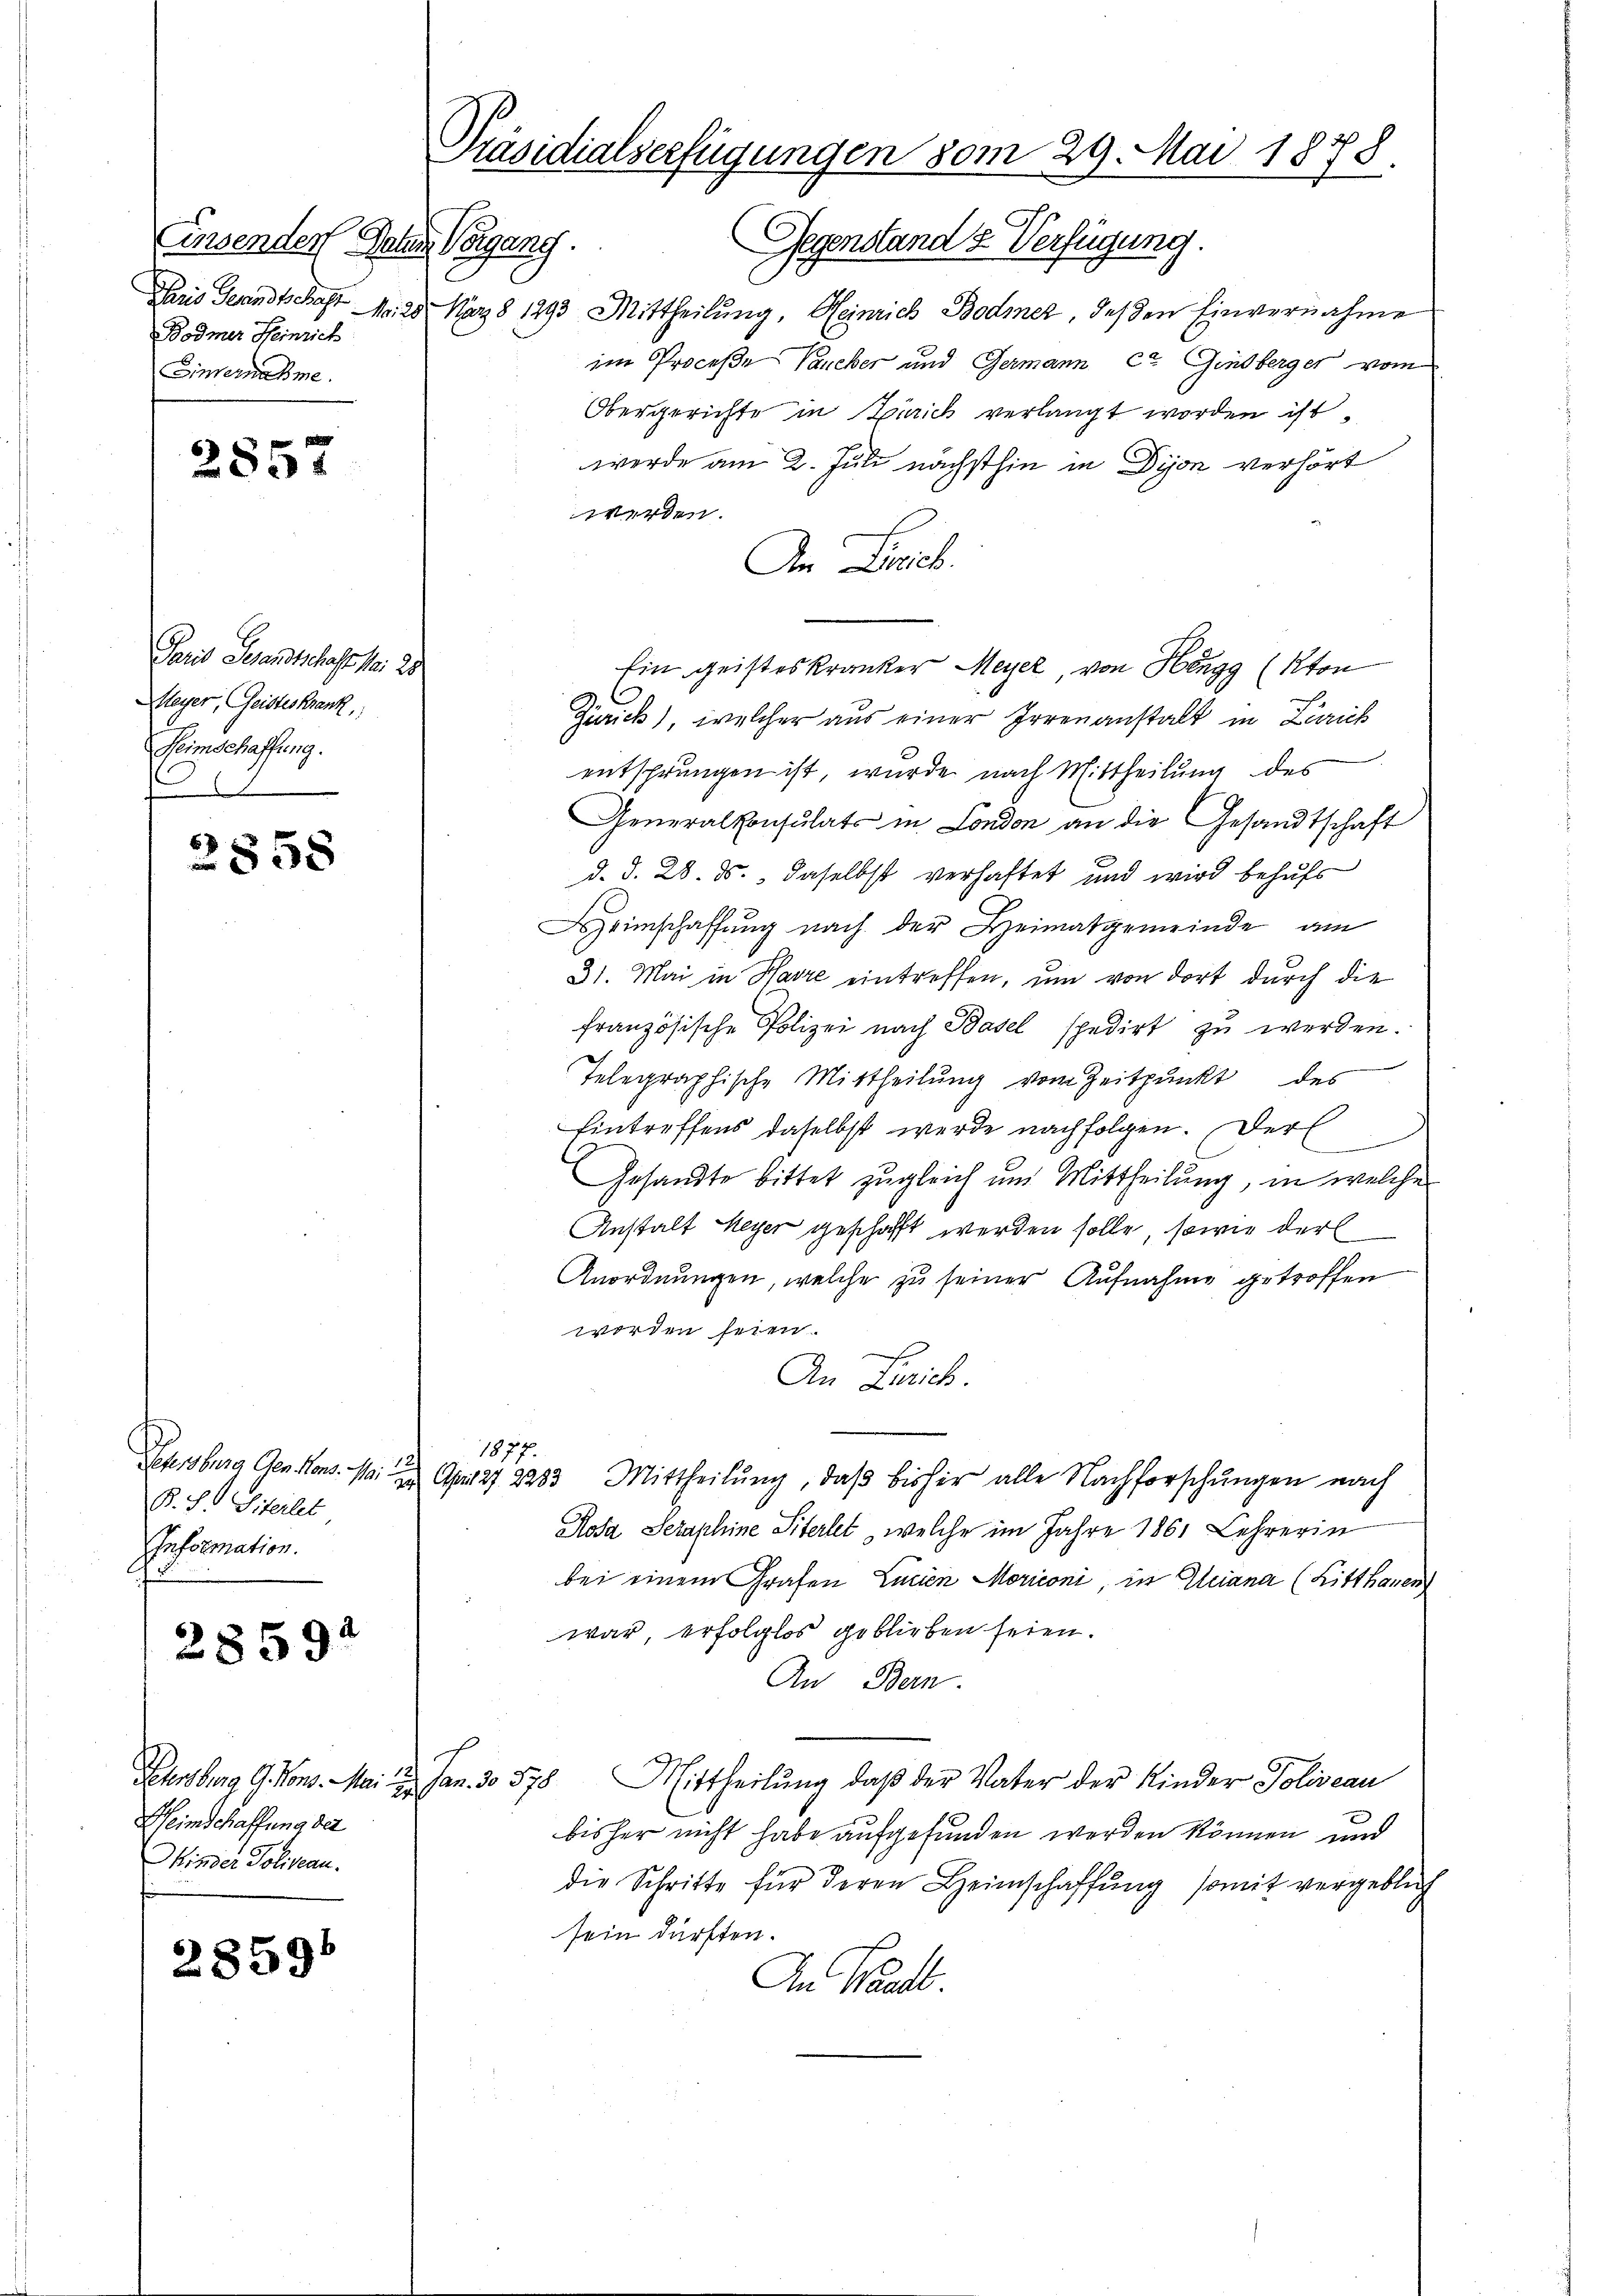
Einsender Gelen Vorgang.
Bodmer Heinrich
Einvernahme

2857

Paris Gesandtschaft sei
Meyer, Geisteskrank,
Heimschaffung.

2858

Petersburg den Mons. 1. Ju
B. H. Literlet
Infsemation.

28591

28591

2

Sehensburg G. Vons. Mai 129. Jan. 30. 578.
Heimschaffung der
Ohinder Poliveau.

Präsidialserfügungen vom 29. Mai 1878.

Gegenstand u. Verfügung.
Paris Senndtschaft Nr. 25. Naz8 1993 Mittheilung, Heinrich Bodmer, deßen Einvernahme
im Proceße Vaucker und Germann Ct. Ginsberger vom
Obergerichte in Zürich verlangt worden ist.
werde am 2. Juli nächsthin in Dijon verhört
werden.
An Zürich.
Ein geisteskranker Meyer, von Hengg (kton
Zürich), welcher aus einer Irrenanstalt in Zürich
entsprungen ist, wurde nach Mittheilung des
Generalkonsulats in London an die Gesandtschaft
d. d. 28. ds., daselbst verhaftet und wird behufs
Heimschaffung nach der Heimatgemeinde am
31. Mai in Havre eintreffen, um von dort durch die
französische Polizei nach Basel spedirt zu werden.
Telegraphische Mittheilung vom Zeitpunkt des
Eintreffens daselbst werde nachfolgen. Der
Gesandte bittet zugleich und Mittheilung, in welche
Anstalt Meyer geschaft werden solle, sowie der
Anordnungen, welche zu seiner Aufnahme getroffen
worden seien.
An Zürich.
1877.
A27 2283. Mittheilŭng, daß bisher alle Nachforschungen nach
Rosa Seraphine Siterlet, welche im Jahre 1861 Lehrerin
bei einem Grafen Lucien Moriconi, in Gleiana (Kitthauen
war, erfolglos geblieben seien.
An Bern.
Mittheilung, daß der Vater der Kinder Poliveau
bisher nicht habe aufgefunden werden können und
die Schritte für deren Heimschaffŭng somit vergeblich
sein dürften.
An Waadt.